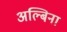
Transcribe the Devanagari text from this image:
अल्बिना